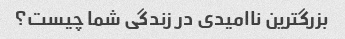
بزرگترین ناامیدی در زندگی شما چیست؟